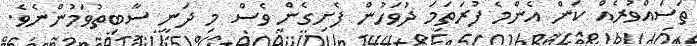
ތަސައްވުރެއް ކަން އެންމެ ފުރަތަމަ ދުވަހުން ފެށިގެން ވެސް މި ދަނީ ސާބިތުވަމުންނެވެ.